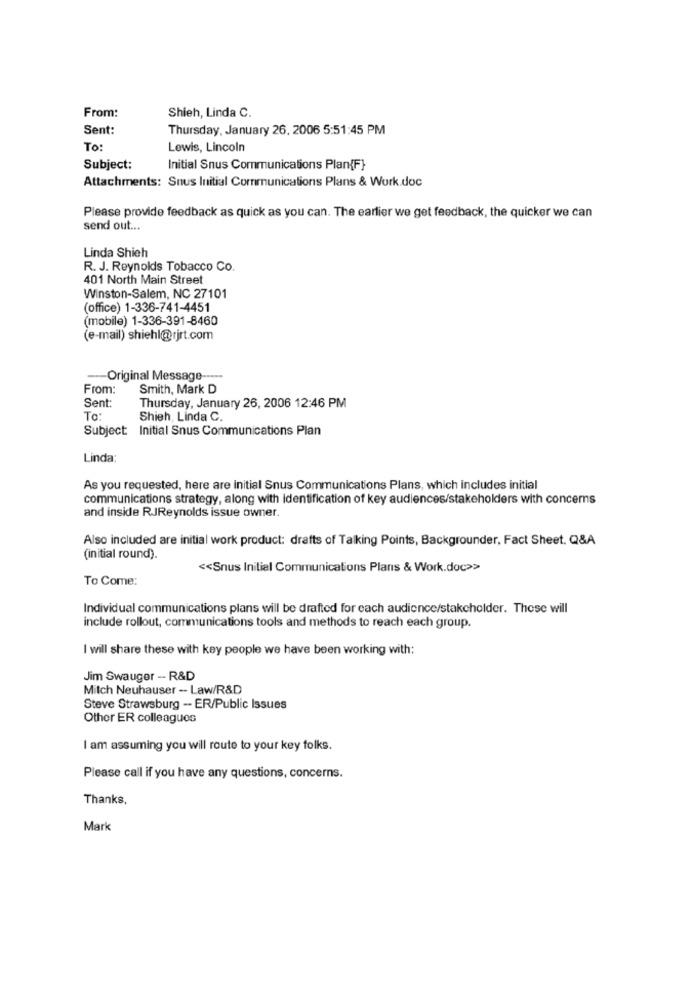
From:
Shieh, Linda C.
Sent:
Thursday, January 26, 2006 5:51:45 PM
To:
Lewis, Lincoln
Subject:
Initial Snus Communications Plan{F}
Attachments: Snus Initial Communications Plans & Work.doc
Please provide feedback as quick as you can. The earlier we get feedback, the quicker we can
send out ...
Linda Shich
R. J. Reynolds Tobacco Co.
401 North Main Street
Winston-Salem, NC 27101
(office) 1-336-741-4451
(mobile) 1-336-391-8460
(e-mail) shiehl@rjrt.com
Original Message -----
From:
Smith, Mark D
Sent:
Thursday, January 26, 2006 12:46 PM
To:
Shieh, Linda C.
Subject: Initial Snus Communications Plan
Linda:
As you requested, here are initial Snus Communications Plans, which includes initial
communications strategy, along with identification of key audiences/stakeholders with concerns
and inside RJReynolds issue owner.
Also included are initial work product: drafts of Talking Points, Backgrounder, Fact Sheet. Q&A
(initial round).
<< Snus Initial Communications Plans & Work.doc>>
To Come:
Individual communications plans will be drafted for each audience/stakeholder. These will
include rollout, communications tools and methods to reach each group.
I will share these with key people we have been working with:
Jim Swauger - R&D
Mitch Neuhauser -- Law/R&D
Steve Strawsburg -- ER/Public Issues
Other ER colleagues
I am assuming you will route to your key folks.
Please call if you have any questions, concerns.
Thanks,
Mark